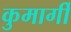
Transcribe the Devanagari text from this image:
कुमार्गी